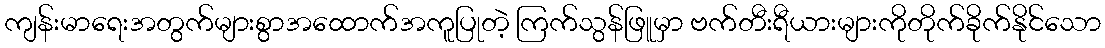
ကျန်းမာရေးအတွက်များစွာအထောက်အကူပြုတဲ့ ကြက်သွန်ဖြူမှာ ဗက်တီးရီယားများကိုတိုက်ခိုက်နိုင်သော